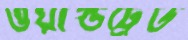
ওয়ার্ল্ডট্রেড